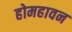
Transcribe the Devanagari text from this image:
होमहावन